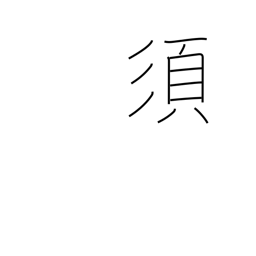
Meaning: ought